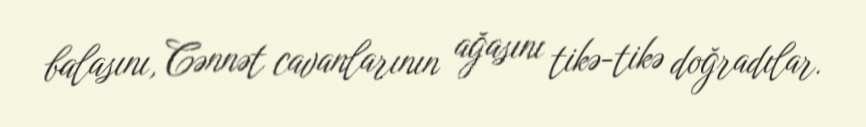
balasını, Cənnət cavanlarının ağasını tikə-tikə doğradılar.